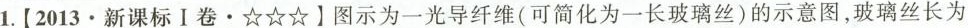
1.【2013·新课标Ⅰ卷·☆☆☆】图示为一光导纤维(可简化为一长玻璃丝)的示意图，玻璃丝长为